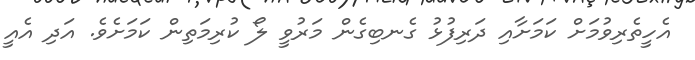
އެހީތެރިވުމަށް ކަމަށާއި ދަރިފުޅު ގެނބިގެން މަރުވީ ލޯ ކުރިމަތިން ކަމަށެވެ. އަދި އެއީ